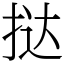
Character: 挞